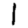
Digit: 1